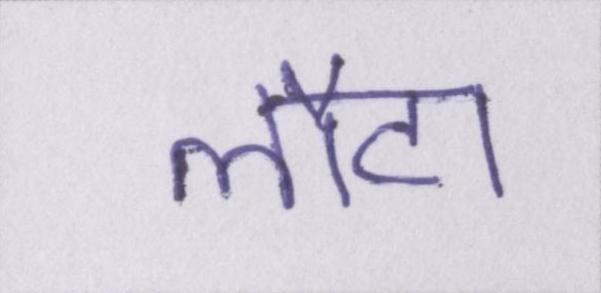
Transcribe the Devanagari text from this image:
लौटा